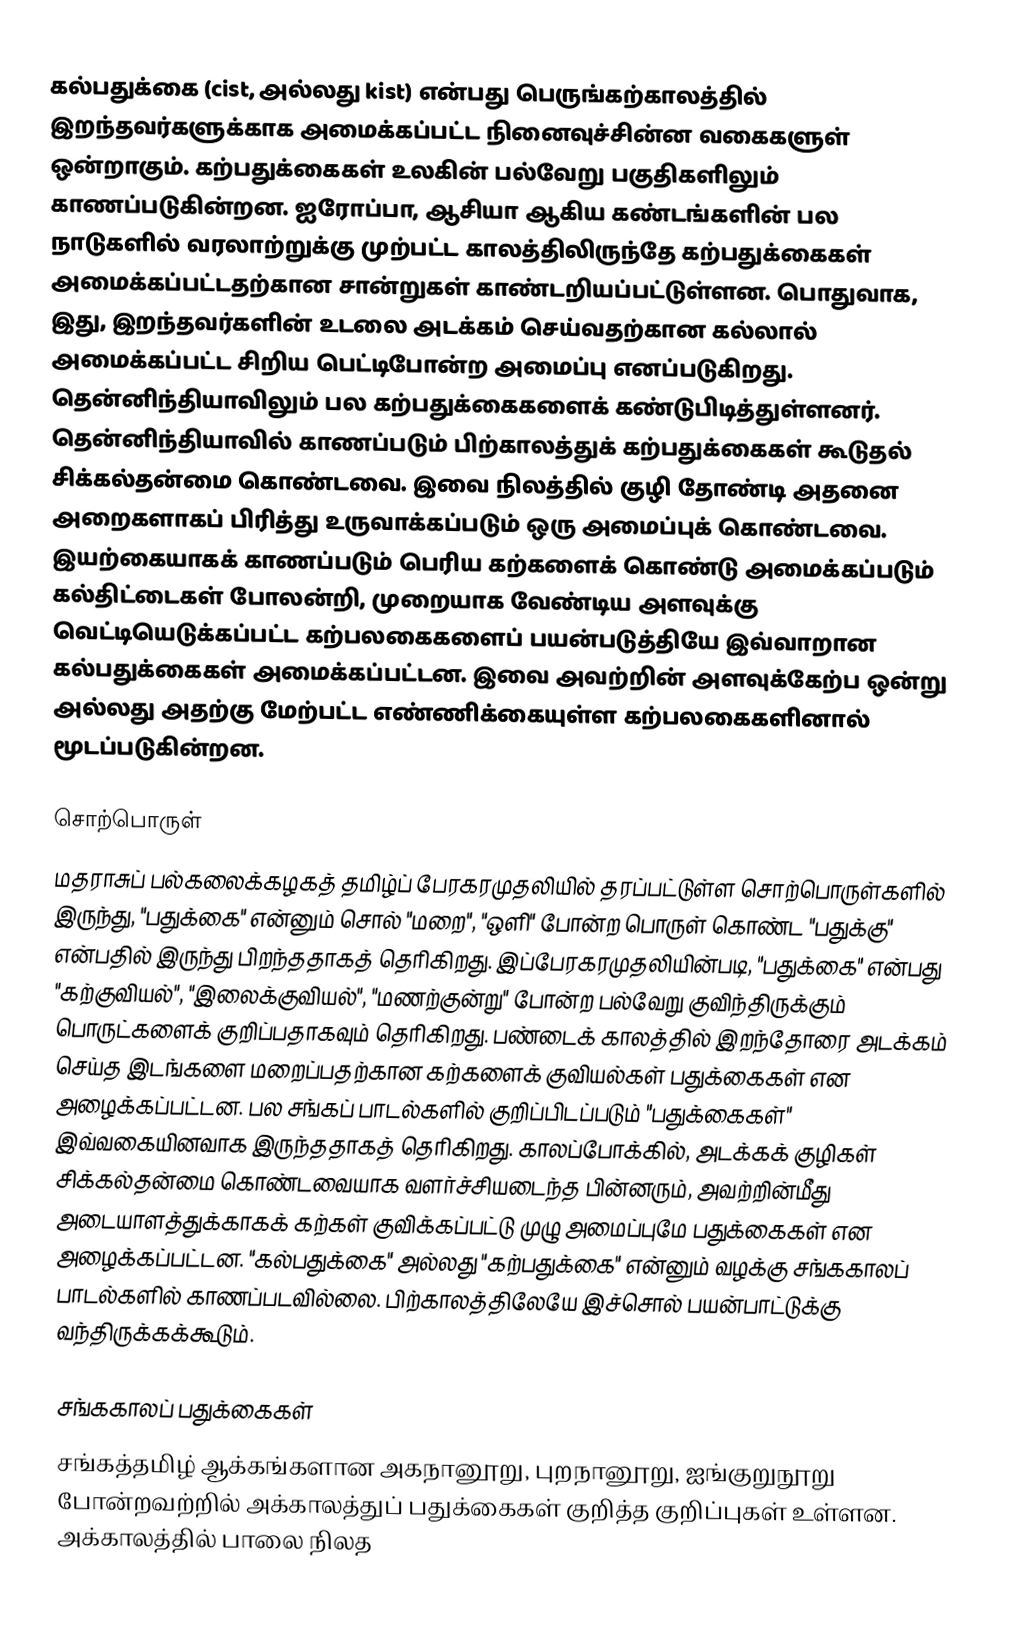
கல்பதுக்கை (cist, அல்லது kist) என்பது பெருங்கற்காலத்தில் இறந்தவர்களுக்காக அமைக்கப்பட்ட நினைவுச்சின்ன வகைகளுள் ஒன்றாகும். கற்பதுக்கைகள் உலகின் பல்வேறு பகுதிகளிலும் காணப்படுகின்றன. ஐரோப்பா, ஆசியா ஆகிய கண்டங்களின் பல நாடுகளில் வரலாற்றுக்கு முற்பட்ட காலத்திலிருந்தே கற்பதுக்கைகள் அமைக்கப்பட்டதற்கான சான்றுகள் காண்டறியப்பட்டுள்ளன. பொதுவாக, இது, இறந்தவர்களின் உடலை அடக்கம் செய்வதற்கான கல்லால் அமைக்கப்பட்ட சிறிய பெட்டிபோன்ற அமைப்பு எனப்படுகிறது. தென்னிந்தியாவிலும் பல கற்பதுக்கைகளைக் கண்டுபிடித்துள்ளனர். தென்னிந்தியாவில் காணப்படும் பிற்காலத்துக் கற்பதுக்கைகள் கூடுதல் சிக்கல்தன்மை கொண்டவை. இவை நிலத்தில் குழி தோண்டி அதனை அறைகளாகப் பிரித்து உருவாக்கப்படும் ஒரு அமைப்புக் கொண்டவை. இயற்கையாகக் காணப்படும் பெரிய கற்களைக் கொண்டு அமைக்கப்படும் கல்திட்டைகள் போலன்றி, முறையாக வேண்டிய அளவுக்கு வெட்டியெடுக்கப்பட்ட கற்பலகைகளைப் பயன்படுத்தியே இவ்வாறான கல்பதுக்கைகள் அமைக்கப்பட்டன. இவை அவற்றின் அளவுக்கேற்ப ஒன்று அல்லது அதற்கு மேற்பட்ட எண்ணிக்கையுள்ள கற்பலகைகளினால் மூடப்படுகின்றன.

சொற்பொருள்
மதராசுப் பல்கலைக்கழகத் தமிழ்ப் பேரகரமுதலியில் தரப்பட்டுள்ள சொற்பொருள்களில் இருந்து, "பதுக்கை" என்னும் சொல் "மறை", "ஒளி" போன்ற பொருள் கொண்ட "பதுக்கு" என்பதில் இருந்து பிறந்ததாகத் தெரிகிறது. இப்பேரகரமுதலியின்படி, "பதுக்கை" என்பது "கற்குவியல்", "இலைக்குவியல்", "மணற்குன்று" போன்ற பல்வேறு குவிந்திருக்கும் பொருட்களைக் குறிப்பதாகவும் தெரிகிறது. பண்டைக் காலத்தில் இறந்தோரை அடக்கம் செய்த இடங்களை மறைப்பதற்கான கற்களைக் குவியல்கள் பதுக்கைகள் என அழைக்கப்பட்டன. பல சங்கப் பாடல்களில் குறிப்பிடப்படும் "பதுக்கைகள்" இவ்வகையினவாக இருந்ததாகத் தெரிகிறது. காலப்போக்கில், அடக்கக் குழிகள் சிக்கல்தன்மை கொண்டவையாக வளர்ச்சியடைந்த பின்னரும், அவற்றின்மீது அடையாளத்துக்காகக் கற்கள் குவிக்கப்பட்டு முழு அமைப்புமே பதுக்கைகள் என அழைக்கப்பட்டன. "கல்பதுக்கை" அல்லது "கற்பதுக்கை" என்னும் வழக்கு சங்ககாலப் பாடல்களில் காணப்படவில்லை. பிற்காலத்திலேயே இச்சொல் பயன்பாட்டுக்கு வந்திருக்கக்கூடும்.

சங்ககாலப் பதுக்கைகள்
சங்கத்தமிழ் ஆக்கங்களான அகநானூறு, புறநானூறு, ஐங்குறுநூறு போன்றவற்றில் அக்காலத்துப் பதுக்கைகள் குறித்த குறிப்புகள் உள்ளன. அக்காலத்தில் பாலை நிலத